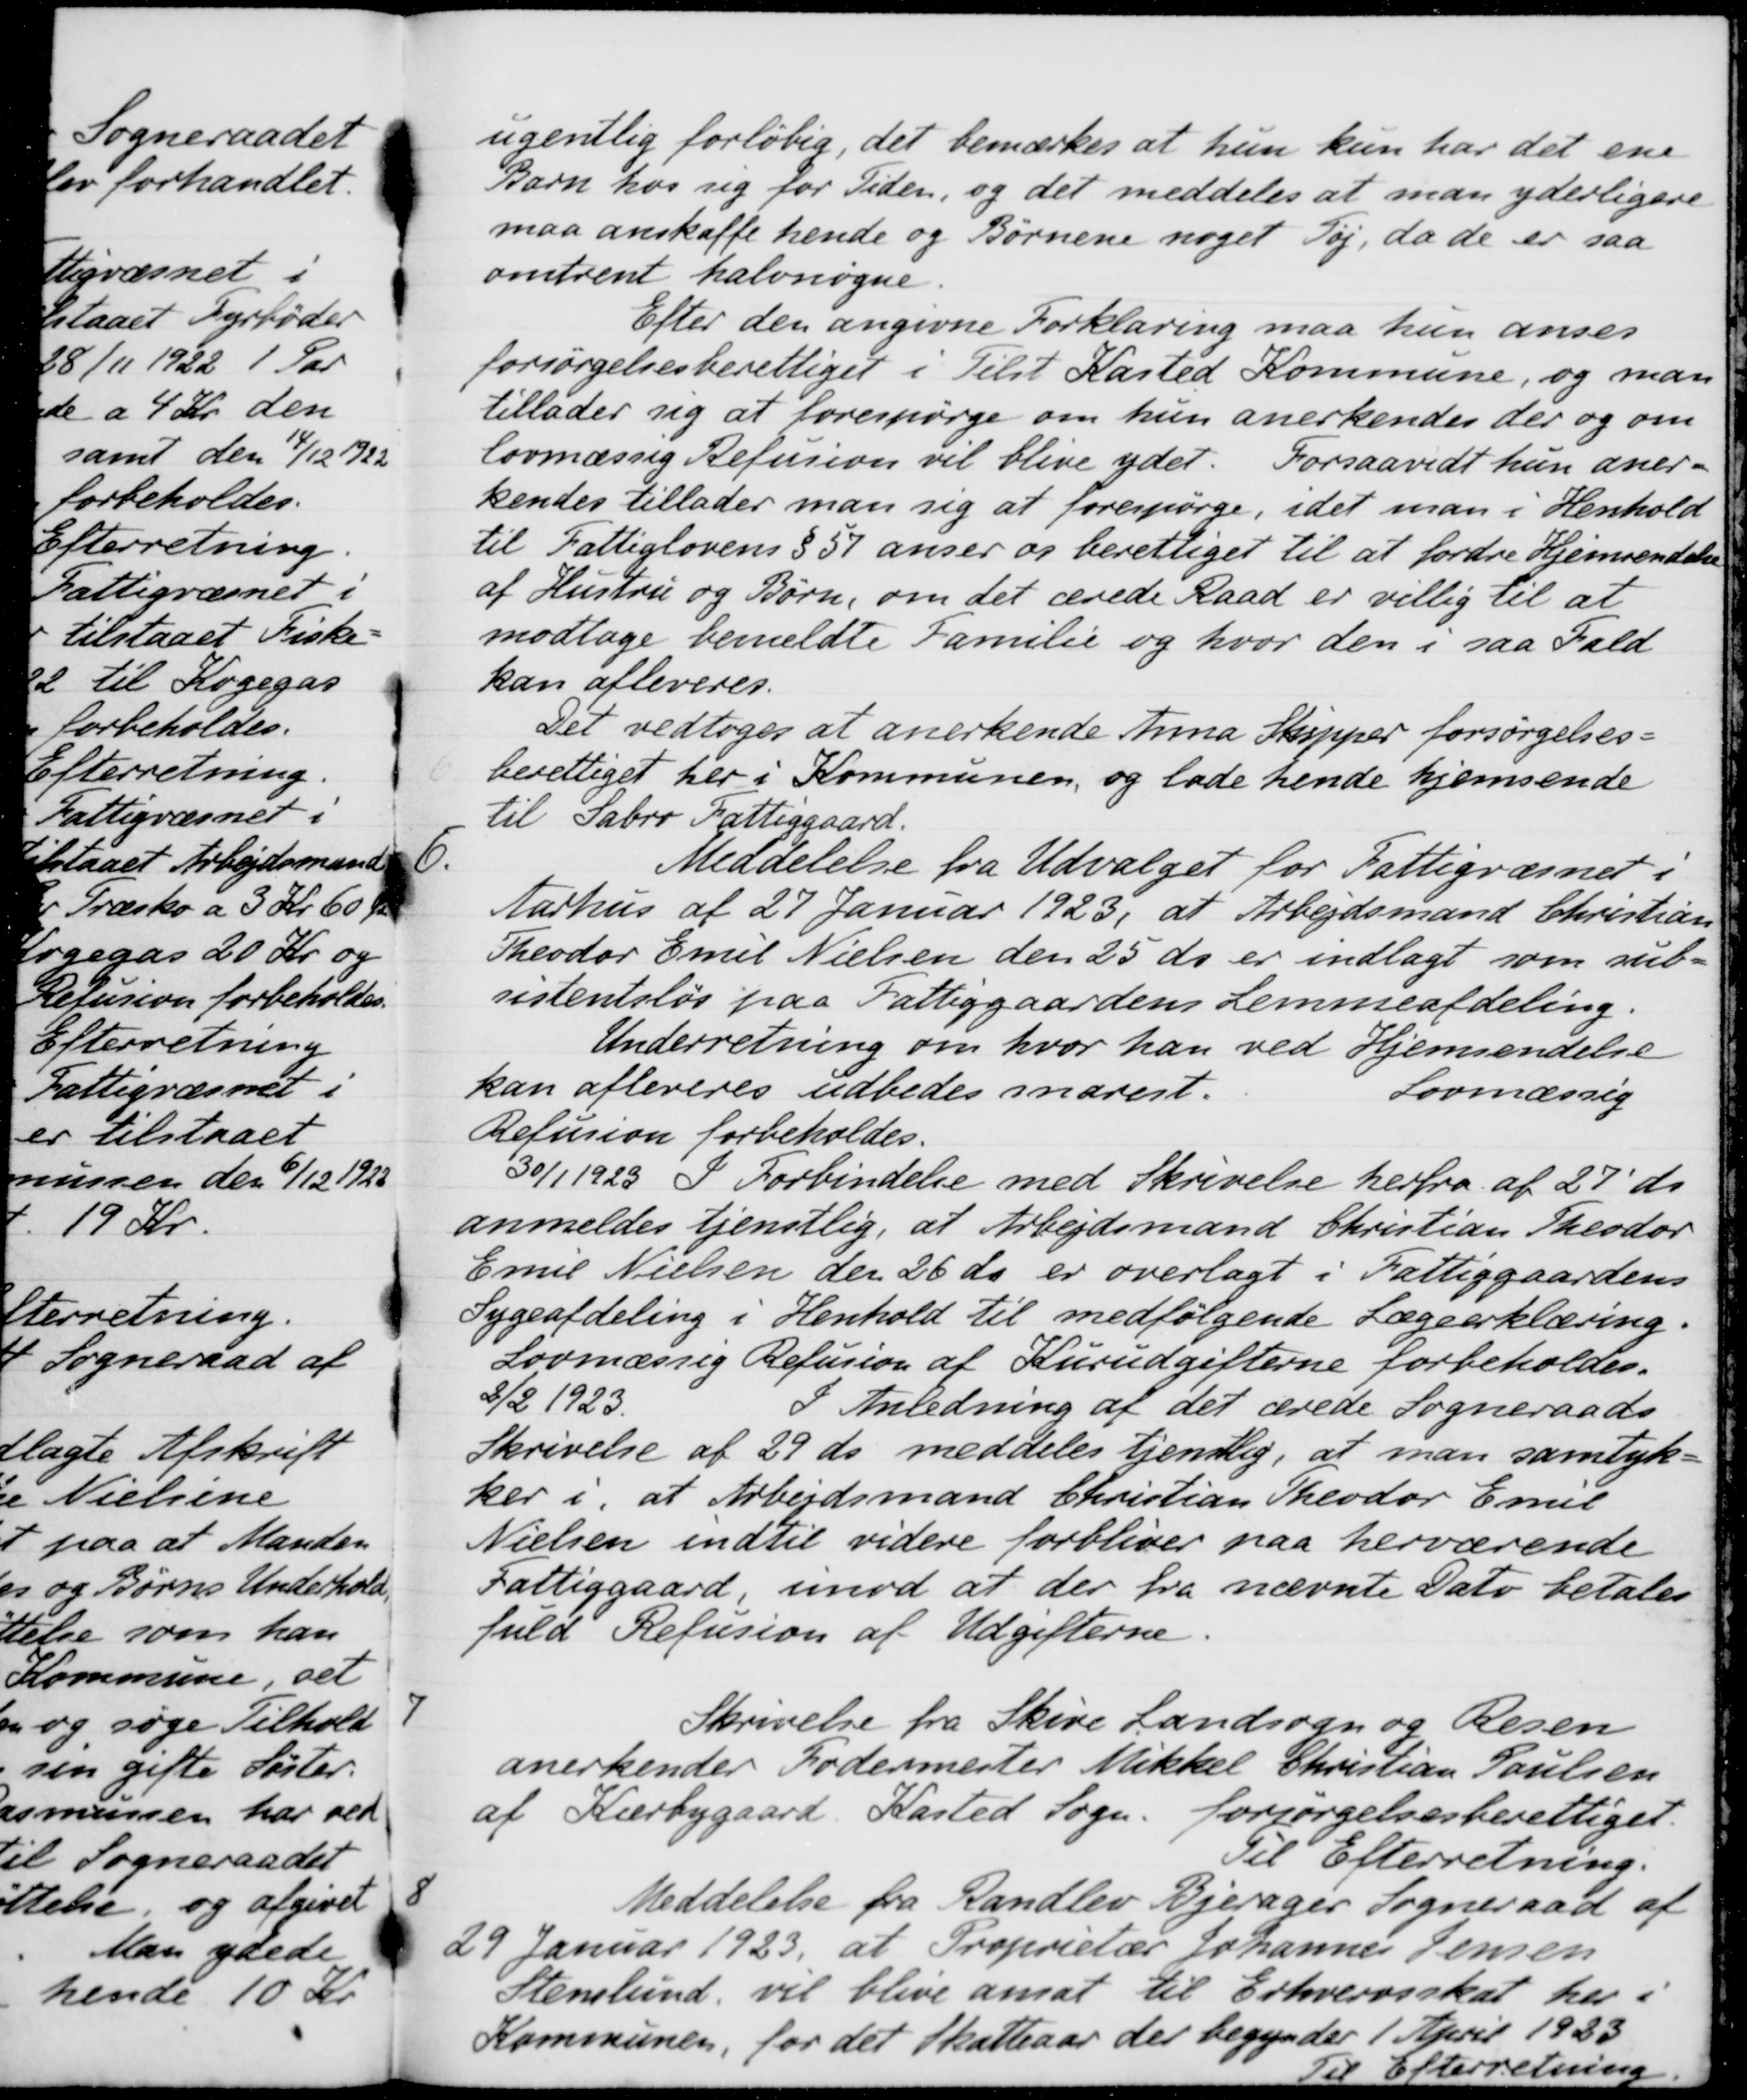
Transskription:
ugentlig forløbig, det bemærkes at hun kun har det ene
Barn hos sig for Tiden, og det meddeles at man yderligere
maa anskaffe hende og Børnene noget Tøj, da de er saa
omtrent halvnøgne
Efter den angivne Forklaring maa hun anses
forsørgelsesberettiget i Tilst Kasted Kommune, og man
tillader sig at forespørge om hun anerkendes der og om
lovmæssig Refusion vil blive ydet. Forsaavidt hun aner-
kendes tillader man sig at forespørge, idet man i Henhold
til Fattiglovens § 51 anser os berettiget til at fordre Hjemsendelse
af Hustru og Børn, om det ærede Raad er villig til at
modtage bemeldte Familie og hvor den i saa Fald
kan afleveres.
Det vedtoges at anerkende Anna Skipper forsørgelses-
berettiget her i Kommunen, og lade hende hjemsende
til Sabro Fattiggaard.
6.
Meddelelse fra Udvalget for Fattigvæsnet i
Aarhus af 27 Januar 1923, at Arbejdsmand Christian
Theodor Emil Nielsen den 25 ds. er indlagt som sub-
sistentsløs paa Fattiggaardens Lemmeafdeling.
Underretning om hvor han ved Hjemsendelse
kan afleveres udbedes snarest.
Lovmæssig
Refusion forbeholdes.
30/1 1923. I Forbindelse med Skrivelse herfra af 27' ds.
anmeldes tjenstlig, at Arbejdsmand Christian Theodor
Emil Nielsen den 26 ds er overlagt i Fattiggaardens
Sygeafdeling i Henhold til medfølgende Lægeerklæring.
Lovmæssig Refusion af Kurudgifterne forbeholdes.
2/2 1923. I Anledning af det ærede Sogneraads-
Skrivelse af 29 ds meddeles tjenstlig, at man samtyk-
ker i, at Arbejdsmand Christian Theodor Emil
Nielsen indtil videre forbliver paa herværende
Fattiggaard imod at der fra nævnte Dato betales
fuld Refusion af Udgifterne.
7
Skrivelse fra Skive Landsogn og Resen
anerkender Fodermester Mikkel Christian Poulsen
af Kærbygaard, Kasted Sogn. forsørgelsesberettiget.
Til Efterretning.
8
Meddelelse fra Randlev Bjerager Sogneraad af
29 Januar 1923, at Proprietær Johannes Jensen
Stenslund, vil blive ansat til Erhvervsskat her i
Kommunen, for det Skatteaar der begynder 1 April 1933
Til Efterretning